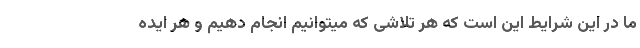
ما در این شرایط این است که هر تلاشی که میتوانیم انجام دهیم و هر ایده